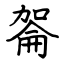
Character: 嗧